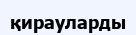
қирауларды